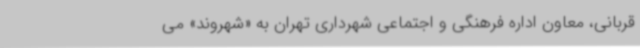
قربانی، معاون اداره فرهنگی و اجتماعی شهرداری تهران به «شهروند» می